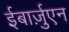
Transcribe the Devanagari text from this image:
ईबार्ज़ुएन